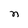
Character: n